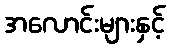
အလောင်းများနှင့်